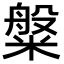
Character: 𬖯